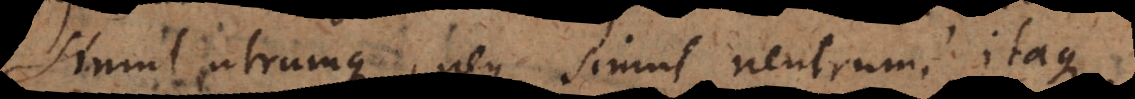
simul utrumque, neque simul neutrum, itaque